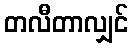
တလီတာလျှင်